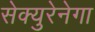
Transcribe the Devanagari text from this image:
सेक्युरेनेगा